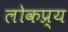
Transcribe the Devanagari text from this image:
लोकप्र्य